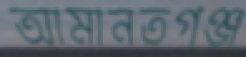
আমানতগঞ্জ